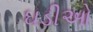
ઘડીઓ